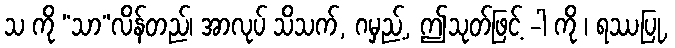
သ ကို “သာ”လိန်တည်၊ အာလုပ် သိသက်, ဂမှည့်, ဤသုတ်ဖြင့် -ါ ကို ၊ ရဿပြု,